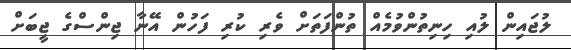
ލުޖައިން ލުއި ހިނިތުންވުމެއް ތުންފަތަށް ވެރި ކުރި ފަހުން އޭނާ ޖިންސްގެ ޖީބަށް